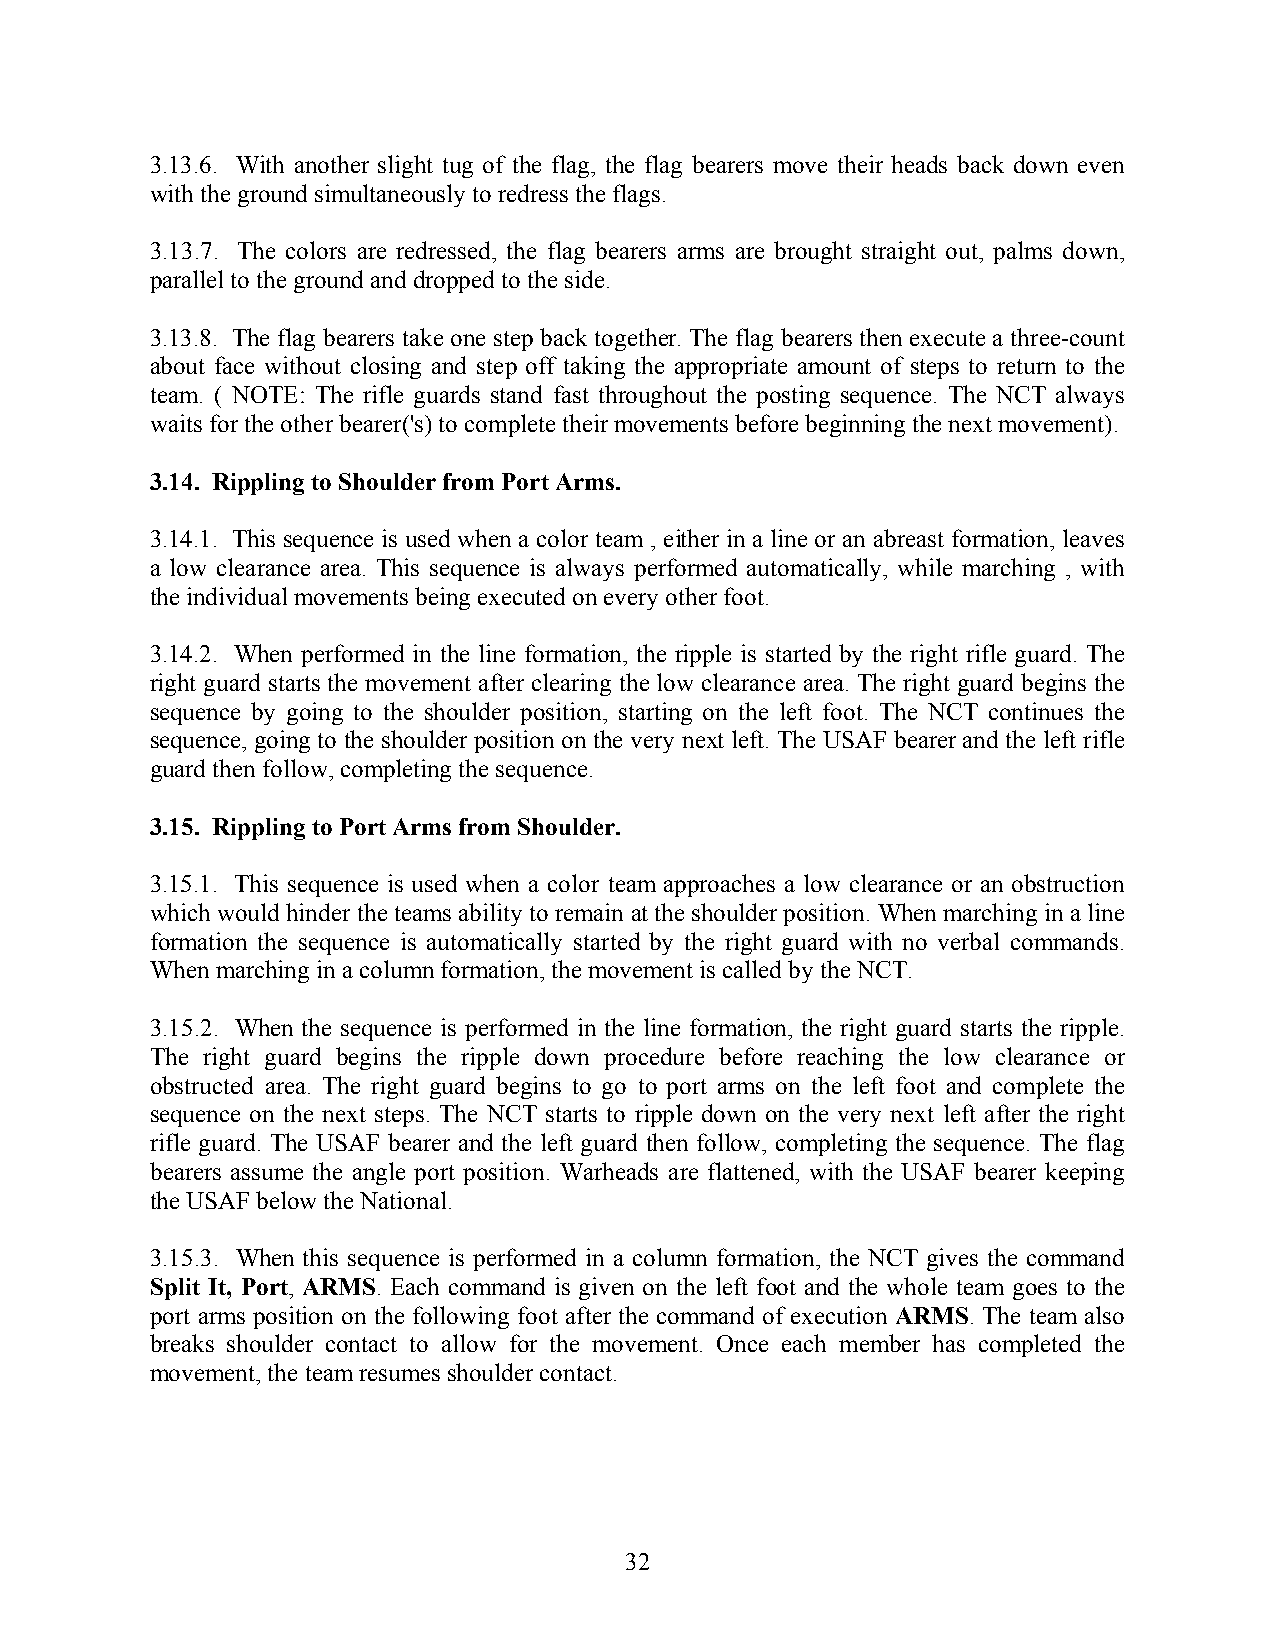
3.13.6. With another slight tug of the flag, the flag bearers move their heads back down even
 with the ground simultaneously to redress the flags.
 3.13.7. The colors are redressed, the flag bearers arms are brought straight out, palms down,
 parallel to the ground and dropped to the side.
 3.13.8. The flag bearers take one step back together. The flag bearers then execute a three-count
 about face without closing and step off taking the appropriate amount of steps to return to the
 team. ( NOTE: The rifle guards stand fast throughout the posting sequence. The NCT always
 waits for the other bearer('s) to complete their movements before beginning the next movement).
 3.14. Rippling to Shoulder from Port Arms.
 3.14.1. This sequence is used when a color team , either in a line or an abreast formation, leaves
 a low clearance area. This sequence is always performed automatically, while marching , with
 the individual movements being executed on every other foot.
 3.14.2. When performed in the line formation, the ripple is started by the right rifle guard. The
 right guard starts the movement after clearing the low clearance area. The right guard begins the
 sequence by going to the shoulder position, starting on the left foot. The NCT continues the
 sequence, going to the shoulder position on the very next left. The USAF bearer and the left rifle
 guard then follow, completing the sequence.
 3.15. Rippling to Port Arms from Shoulder.
 3.15.1. This sequence is used when a color team approaches a low clearance or an obstruction
 which would hinder the teams ability to remain at the shoulder position. When marching in a line
 formation the sequence is automatically started by the right guard with no verbal commands.
 When marching in a column formation, the movement is called by the NCT.
 3.15.2. When the sequence is performed in the line formation, the right guard starts the ripple.
 The right guard begins the ripple down procedure before reaching the low clearance or
 obstructed area. The right guard begins to go to port arms on the left foot and complete the
 sequence on the next steps. The NCT starts to ripple down on the very next left after the right
 rifle guard. The USAF bearer and the left guard then follow, completing the sequence. The flag
 bearers assume the angle port position. Warheads are flattened, with the USAF bearer keeping
 the USAF below the National.
 3.15.3. When this sequence is performed in a column formation, the NCT gives the command
 Split It, Port, ARMS. Each command is given on the left foot and the whole team goes to the
 port arms position on the following foot after the command of execution ARMS. The team also
 breaks shoulder contact to allow for the movement. Once each member has completed the
 movement, the team resumes shoulder contact.
 32